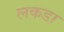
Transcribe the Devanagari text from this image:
लकडा